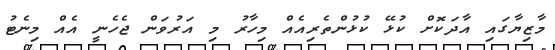
މާޒިޔާގައި އާދަކޮށް ކުޅޭ ކުޅުންތެރިއެެއް މިހާރު މި އަރުވަން ޖެހެނީ އެއް މިނެޓު